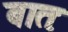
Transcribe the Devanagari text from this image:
बातः